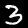
Digit: 3